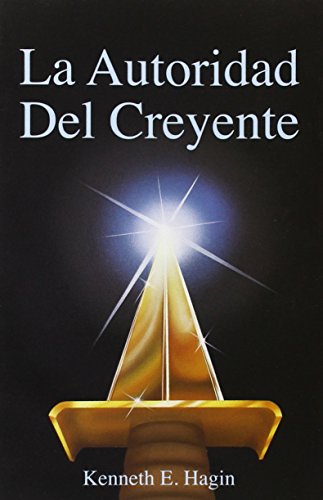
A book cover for La Autoridad del Creyente / The Believer's Authority (Spanish Edition); Kenneth E. Hagin; Christian Books & Bibles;